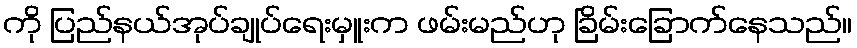
ကို ပြည်နယ်အုပ်ချုပ်ရေးမှူးက ဖမ်းမည်ဟု ခြိမ်းခြောက်နေသည်။